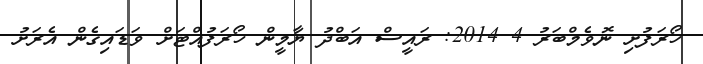
ހޯރަފުށި ނޮވެމްބަަރު 4 2014: ރައީސް އަބްދު ޔާމީން ހޯރަފުއްޓަށް ވަޑައިގެން އެރަށު